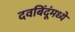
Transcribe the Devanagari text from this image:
दवबिंदूंमध्ये